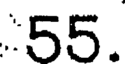
55.